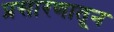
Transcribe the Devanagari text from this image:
प्रसारणातून